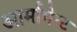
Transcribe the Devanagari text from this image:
आर्मामेन्ट